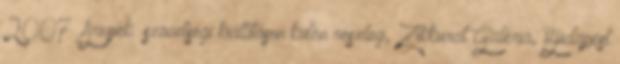
2007 „Árnyék” szövetségi kiállításon külön részleg, Zikkurat Galéria, Budapest